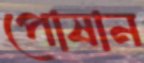
পোষান